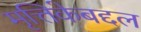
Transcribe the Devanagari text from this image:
मृत्तिकेबद्दल